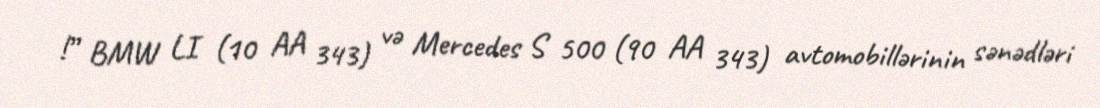
!” BMW LI (10 AA 343) və Mercedes S 500 (90 AA 343) avtomobillərinin sənədləri